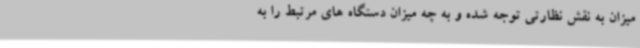
میزان به نقش نظارتی توجه شده و به چه میزان دستگاه های مرتبط را به